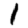
Digit: 1